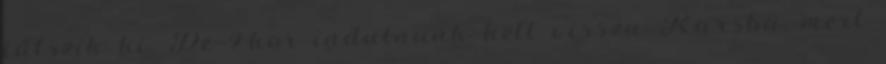
látszik ki. De 9-kor indulnunk kell vissza Karsba, mert